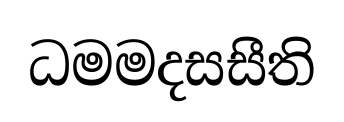
ධමමදසසීති